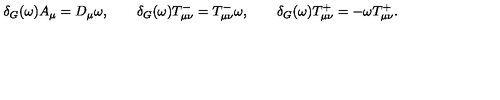
\delta _ { G } ( \omega ) A _ { \mu } = D _ { \mu } \omega , \qquad \delta _ { G } ( \omega ) T _ { \mu \nu } ^ { - } = T _ { \mu \nu } ^ { - } \omega , \qquad \delta _ { G } ( \omega ) T _ { \mu \nu } ^ { + } = - \omega T _ { \mu \nu } ^ { + } .